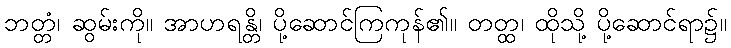
ဘတ္တံ၊ ဆွမ်းကို။ အာဟရန္တိ၊ ပို့ဆောင်ကြကုန်၏။ တတ္ထ၊ ထိုသို့ ပို့ဆောင်ရာ၌။